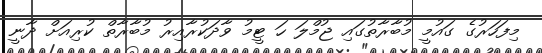
މިފަހަރުގެ ގައުމީ މުބާރާތުގައި ޖުމްލަ ހަ ޓީމު ވާދަކުރާއިރު މުބާރާތް ކުރިއަށް ދާނީ